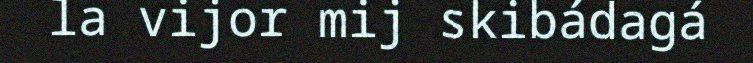
la vijor mij skibádagá